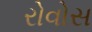
રોવોસ